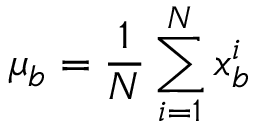
\boldsymbol { \mu _ { b } } = \frac { 1 } { N } \sum _ { i = 1 } ^ { N } \boldsymbol { x _ { b } ^ { i } }